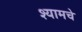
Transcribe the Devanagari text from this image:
श्यामचे